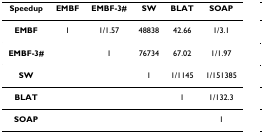
<table><thead><tr><td><b>Speedup</b></td><td><b>EMBF</b></td><td><b>EMBF-3#</b></td><td><b>SW</b></td><td><b>BLAT</b></td><td><b>SOAP</b></td></tr></thead><tbody><tr><td><b>EMBF</b></td><td>1</td><td>1/1.57</td><td>48838</td><td>42.66</td><td>1/3.1</td></tr><tr><td><b>EMBF-3#</b></td><td></td><td>1</td><td>76734</td><td>67.02</td><td>1/1.97</td></tr><tr><td><b>SW</b></td><td></td><td></td><td>1</td><td>1/1145</td><td>1/151385</td></tr><tr><td><b>BLAT</b></td><td></td><td></td><td></td><td>1</td><td>1/132.3</td></tr><tr><td><b>SOAP</b></td><td></td><td></td><td></td><td></td><td>1</td></tr></tbody></table>